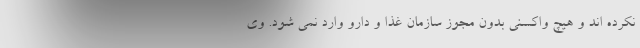
نکرده اند و هیچ واکسنی بدون مجوز سازمان غذا و دارو وارد نمی شود. وی